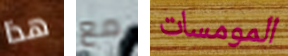
هذا مع المومسات